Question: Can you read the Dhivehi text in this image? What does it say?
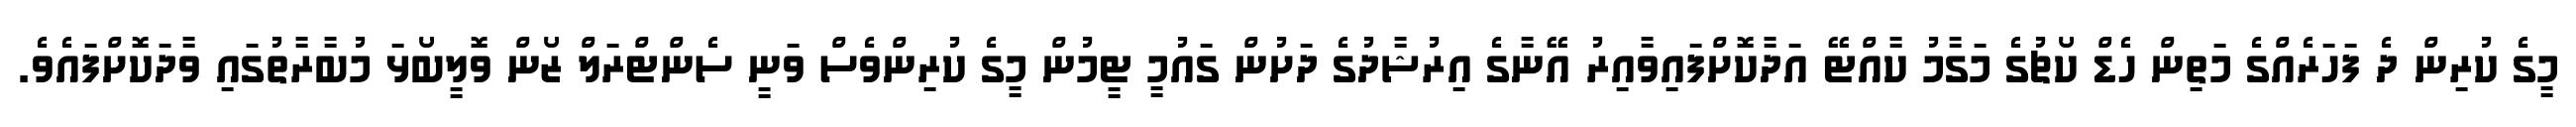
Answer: މީގެ ކުރިން ދެ ފަހަރެއްގެ މަތިން ހެޑް ކޯޗުގެ މަގާމު ކާއްޓޭ އަދާކޮށްފައިވާއިރު އޭނާގެ އިރުޝާދުގެ ދަށުން ގައުމީ ޓީމުން މީގެ ކުރިންވެސް ވަނީ ސެންޓްރަލް ޒޯން ވޮލީބޯޅަ މުބާރާތުގައި ވާދަކޮށްފައެވެ.